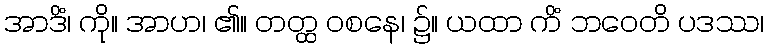
အာဒိံ၊ ကို။ အာဟ၊ ၏။ တတ္ထ ဝစနေ၊ ၌။ ယထာ ကိံ ဘဝေတိ ပဒဿ၊